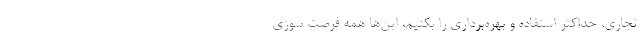
تجاری، حداکثر استفاده و بهره‌برداری را بکنیم، این‌ها همه فرصت سوزی